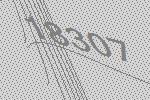
18307